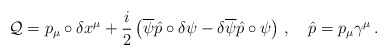
\begin{align*}\mathcal{Q}=p_{\mu}\circ\delta x^{\mu}+\frac{i}{2}\left( \overline{\psi}\hat{p}\circ\delta\psi-\delta\overline{\psi}\hat{p}\circ\psi \right)\,,\quad\hat{p}=p_{\mu}\gamma^{\mu}\,.\end{align*}